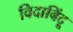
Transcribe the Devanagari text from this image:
विदाबिंदू